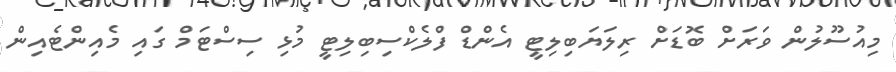
މިއުސޫލުން ވަރަށް ބޮޑަށް ރިލަޔަބިލިޓީ އެންޑް ފްލެކްސިބިލިޓީ މުޅި ސިސްޓަމް ގައި މެއިންޓެއިން